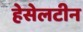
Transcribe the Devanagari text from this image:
हेसेलटीन